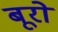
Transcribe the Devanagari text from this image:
बूरो